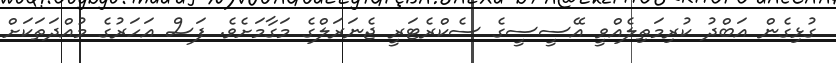
ގުޅިގެން އަބްދު ކުރިމަތިލެއްވީ އޭސީސީގެ ސެކްރެޓަރީ ޖެނަރަލްގެ މަގާމަށެވެ. ފަސް އަހަރުގެ މުއްދަތަކަށް